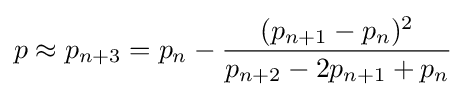
p\approx p_{n+3}=p_{n}-{\frac {(p_{n+1}-p_{n})^{2}}{p_{n+2}-2p_{n+1}+p_{n}}}